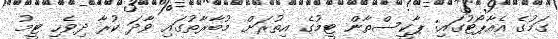
ގަމުގެ އެއާޕޯޓުގައި: ޕާކީސްތާން ޓީމުގެ އިތުރަށް މުބާރާތުގައި ވާދަ ކުރާ ދިވެހި ޓީމު